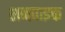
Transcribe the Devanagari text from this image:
शनपाइक